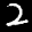
Label: 2